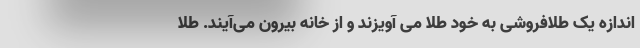
اندازه یک طلافروشی به خود طلا می آویزند و از خانه بیرون می‌آیند. طلا